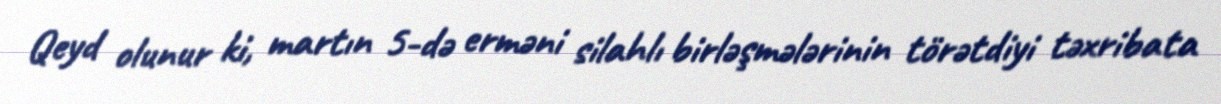
Qeyd olunur ki, martın 5-də erməni silahlı birləşmələrinin törətdiyi təxribata